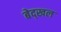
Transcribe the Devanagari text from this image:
बेद्खल